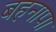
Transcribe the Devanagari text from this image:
बहनापा